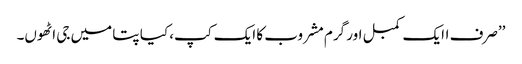
’’صرف اایک کمبل اور گرم مشروب کا ایک کپ، کیا پتا میں جی اٹھوں۔